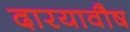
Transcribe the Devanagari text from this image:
दारयावौष